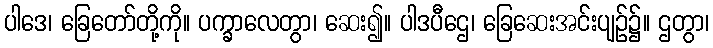
ပါဒေ၊ ခြေတော်တို့ကို။ ပက္ခာလေတွာ၊ ဆေး၍။ ပါဒပီဌေ၊ ခြေဆေးအင်းပျဉ်၌။ ဌတွာ၊